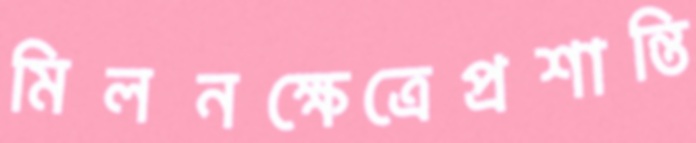
মিলনক্ষেত্রেপ্রশান্তি